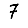
Digit: 7